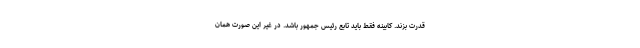
قدرت بزند. کابینه فقط باید تابع رئیس جمهور باشد. در غیر این صورت همان